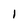
Character: l